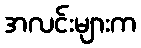
အလင်းများက